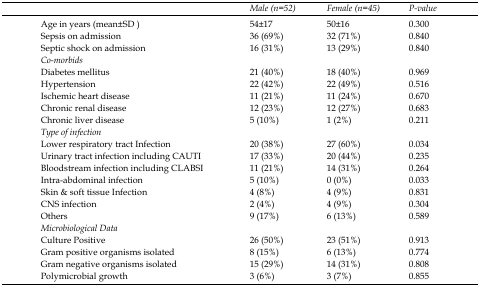
<table><thead><tr><td></td><td><b>Male (n=52)</b></td><td><b>Female (n=45)</b></td><td><b>P-value</b></td></tr></thead><tbody><tr><td>Age in years (mean±SD)</td><td>54±17</td><td>50±16</td><td>0.300</td></tr><tr><td>Sepsis on admission</td><td>36 (69%)</td><td>32 (71%)</td><td>0.840</td></tr><tr><td>Septic shock on admission</td><td>16 (31%)</td><td>13 (29%)</td><td>0.840</td></tr><tr><td><i>Co-morbids</i></td><td></td><td></td><td></td></tr><tr><td>Diabetes mellitus</td><td>21 (40%)</td><td>18 (40%)</td><td>0.969</td></tr><tr><td>Hypertension</td><td>22 (42%)</td><td>22 (49%)</td><td>0.516</td></tr><tr><td>Ischemic heart disease</td><td>11 (21%)</td><td>11 (24%)</td><td>0.670</td></tr><tr><td>Chronic renal disease</td><td>12 (23%)</td><td>12 (27%)</td><td>0.683</td></tr><tr><td>Chronic liver disease</td><td>5 (10%)</td><td>1 (2%)</td><td>0.211</td></tr><tr><td><i>Type of infection</i></td><td></td><td></td><td></td></tr><tr><td>Lower respiratory tract Infection</td><td>20 (38%)</td><td>27 (60%)</td><td>0.034</td></tr><tr><td>Urinary tract infection including CAUTI</td><td>17 (33%)</td><td>20 (44%)</td><td>0.235</td></tr><tr><td>Bloodstream infection including CLABSI</td><td>11 (21%)</td><td>14 (31%)</td><td>0.264</td></tr><tr><td>Intra-abdominal infection</td><td>5 (10%)</td><td>0 (0%)</td><td>0.033</td></tr><tr><td>Skin &amp; soft tissue Infection</td><td>4 (8%)</td><td>4 (9%)</td><td>0.831</td></tr><tr><td>CNS infection</td><td>2 (4%)</td><td>4 (9%)</td><td>0.304</td></tr><tr><td>Others</td><td>9 (17%)</td><td>6 (13%)</td><td>0.589</td></tr><tr><td><i>Microbiological Data</i></td><td></td><td></td><td></td></tr><tr><td>Culture Positive</td><td>26 (50%)</td><td>23 (51%)</td><td>0.913</td></tr><tr><td>Gram positive organisms isolated</td><td>8 (15%)</td><td>6 (13%)</td><td>0.774</td></tr><tr><td>Gram negative organisms isolated</td><td>15 (29%)</td><td>14 (31%)</td><td>0.808</td></tr><tr><td>Polymicrobial growth</td><td>3 (6%)</td><td>3 (7%)</td><td>0.855</td></tr></tbody></table>